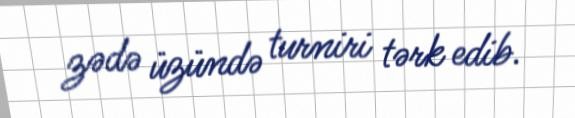
zədə üzündə turniri tərk edib.